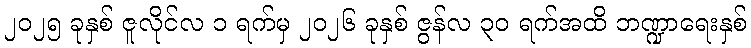
၂၀၂၅ ခုနှစ် ဇူလိုင်လ ၁ ရက်မှ ၂၀၂၆ ခုနှစ် ဇွန်လ ၃၀ ရက်အထိ ဘဏ္ဍာရေးနှစ်